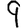
Digit: 9